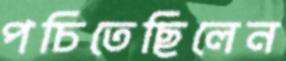
পচিতেছিলেন